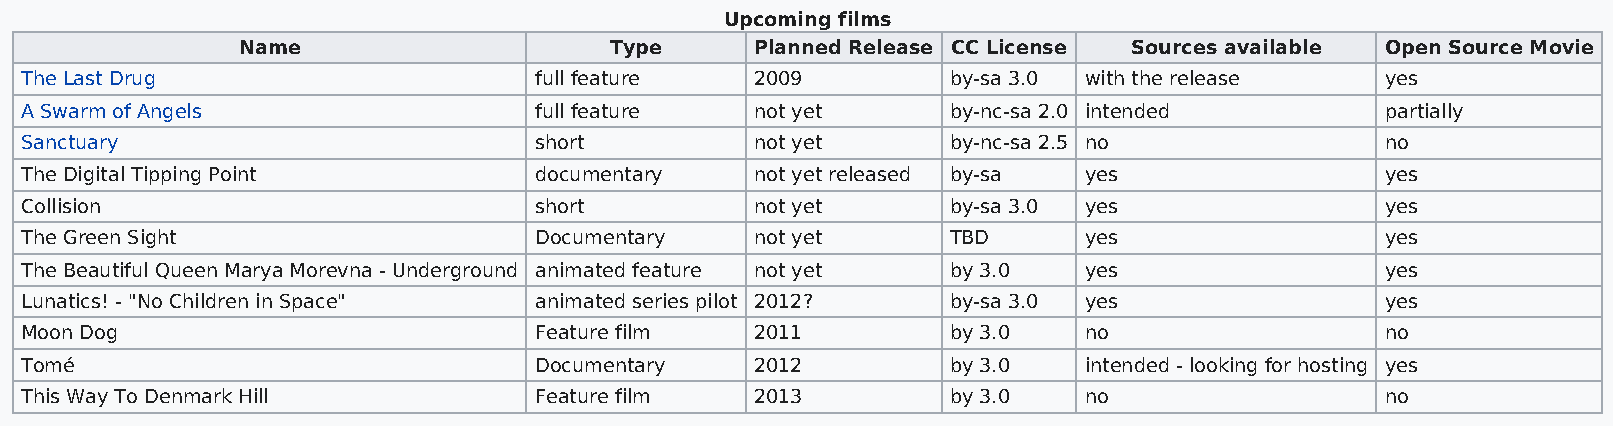
Upcoming films
 Name                    Type      Planned Release CC License Sources available Open Source Movie
 The Last Drug                     full feature   2009         by-sa 3.0 with the release   yes
 A Swarm of Angels                 full feature   not yet      by-nc-sa 2.0 intended        partially
 Sanctuary                         short          not yet      by-nc-sa 2.5 no              no
 The Digital Tipping Point         documentary    not yet released by-sa yes                yes
 Collision                         short          not yet      by-sa 3.0 yes                yes
 The Green Sight                   Documentary    not yet      TBD      yes                 yes
 The Beautiful Queen Marya Morevna - Underground animated feature not yet by 3.0 yes        yes
 Lunatics! - "No Children in Space" animated series pilot 2012? by-sa 3.0 yes               yes
 Moon Dog                          Feature film   2011         by 3.0   no                  no
 Tomé                              Documentary    2012         by 3.0   intended - looking for hosting yes
 This Way To Denmark Hill          Feature film   2013         by 3.0   no                  no